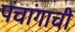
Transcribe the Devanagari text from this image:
पंचांगाची